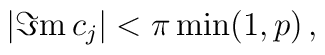
|\Im \mathrm{m}\, c_{j}|<\pi \min (1,p)\, ,